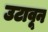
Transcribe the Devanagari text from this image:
उटावून